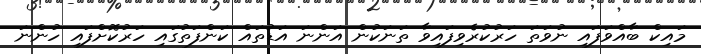
މައިކް ބާއްވަފައި ނުވަތަ ހަރުކުރެވިފައިވާ ތަނަކުން އަންނަ އަޑުތައް ކަންފަތުގައި ހަރުކޮށްފައި ހުންނަ